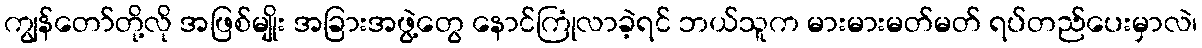
ကျွန်တော်တို့လို အဖြစ်မျိုး အခြားအဖွဲ့တွေ နောင်ကြုံလာခဲ့ရင် ဘယ်သူက မားမားမတ်မတ် ရပ်တည်ပေးမှာလဲ၊